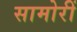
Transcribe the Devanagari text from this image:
सामोरीं